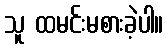
သူ ထမင်းမစားခဲ့ပါ။